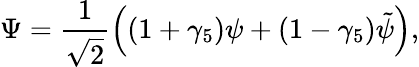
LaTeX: \Psi=\frac{1}{\sqrt{2}}\Big((1+\gamma_{5})\psi+(1-\gamma_{5})\tilde{\psi}\Big),